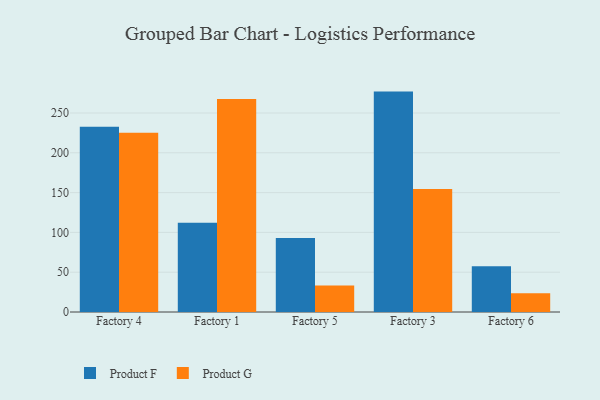
{"axis": {"x": "Factory", "y": "Tickets Resolved"}, "legend": ["Product F", "Product G"], "data": [{"x": "Factory 4", "y": 232.7, "type": "Product F"}, {"x": "Factory 4", "y": 225.2, "type": "Product G"}, {"x": "Factory 1", "y": 112.0, "type": "Product F"}, {"x": "Factory 1", "y": 267.6, "type": "Product G"}, {"x": "Factory 5", "y": 93.1, "type": "Product F"}, {"x": "Factory 5", "y": 33.2, "type": "Product G"}, {"x": "Factory 3", "y": 276.9, "type": "Product F"}, {"x": "Factory 3", "y": 154.6, "type": "Product G"}, {"x": "Factory 6", "y": 57.5, "type": "Product F"}, {"x": "Factory 6", "y": 23.7, "type": "Product G"}]}